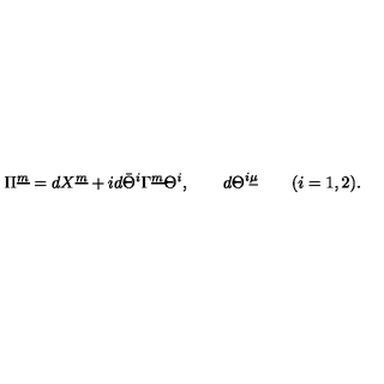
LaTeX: \Pi ^ { \underline { m } } = d X ^ { \underline { m } } + i d \bar { \Theta } ^ { i } \Gamma ^ { \underline { m } } \Theta ^ { i } , \qquad d \Theta ^ { i \underline { \mu } } \qquad ( i = 1 , 2 ) .